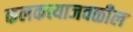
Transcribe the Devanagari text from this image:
कलकत्त्याजवळील